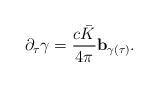
LaTeX: \begin{align*}\partial_\tau \gamma=\frac{c\bar{K}}{4\pi}\mathbf{b}_{\gamma(\tau)}.\end{align*}